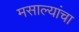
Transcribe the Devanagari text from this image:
मसाल्यांचा